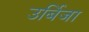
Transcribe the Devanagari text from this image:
उर्बिजा